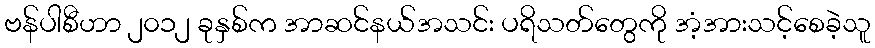
ဗန်ပါစီဟာ ၂၀၁၂ ခုနှစ်က အာဆင်နယ်အသင်း ပရိသတ်တွေကို အံ့အားသင့်စေခဲ့သူ